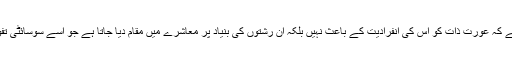
ایک عام خیال ہے کہ عورت ذات کو اس کی انفرادیت کے باعث نہیں بلکہ ان رشتوں کی بنیاد پر معاشرے میں مقام دیا جاتا ہے جو اسے سوسائٹی تفویض کرتی ہے۔